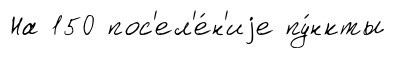
На 150 пос'ел'е́н'иjе пу́нкты